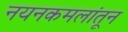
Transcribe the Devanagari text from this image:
नयनकमलांतून